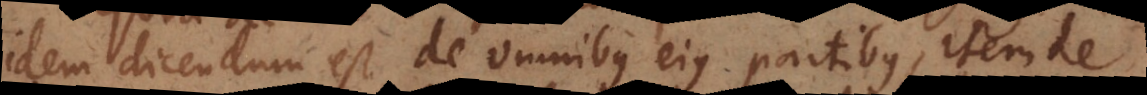
idem dicendum est de omnibus ejus partibus, item de